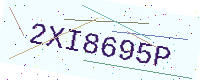
Text: 2XI8695P